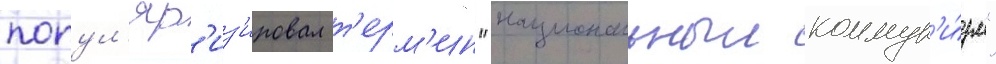
попул'яр'из'ировал т'ерм'ин "национальныи коммун'и́зм"